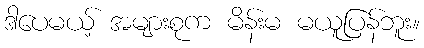
ဒါပေမယ့် အများစုက မိန်းမ မယူပြန်ဘူး။